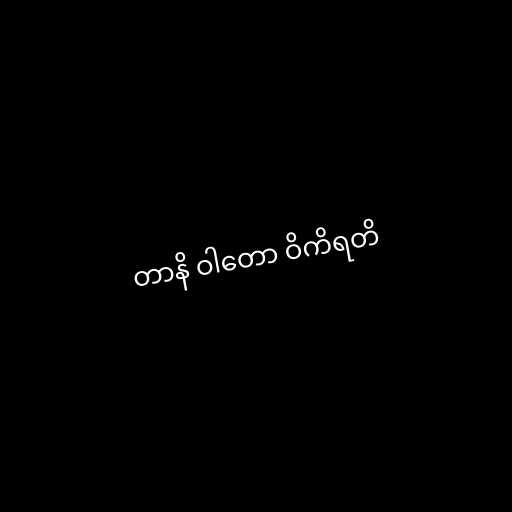
တာနိ ဝါတော ဝိကိရတိ